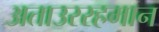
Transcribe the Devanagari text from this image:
अताउररहमान